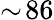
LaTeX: \sim\! 86